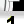
Digit: 1